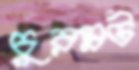
চুরম্নট